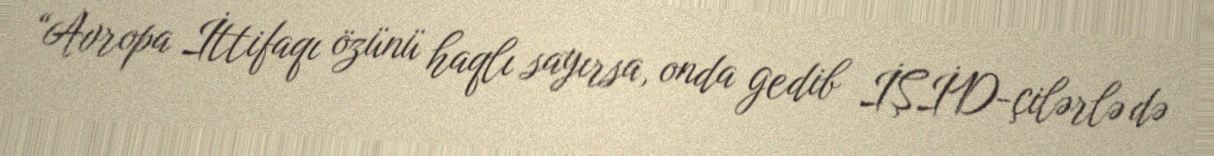
“Avropa İttifaqı özünü haqlı sayırsa, onda gedib İŞİD-çilərlə də